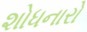
શોધનારો